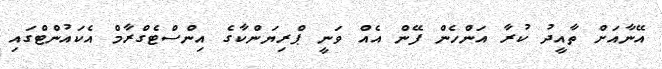
އޭނާއަށް ތާއީދު ކުރާ އަންހެން ފޭން އެއް ވަނީ ޕްރިޔަންކާގެ އިންސްޓެގްރާމް އެކައުންޓްގައި